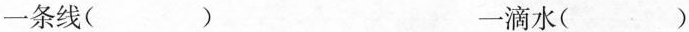
一条线( ) 一滴水( )